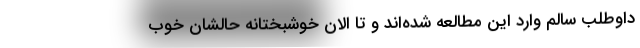
داوطلب سالم وارد این مطالعه شده‌اند و تا الان خوشبختانه حالشان خوب